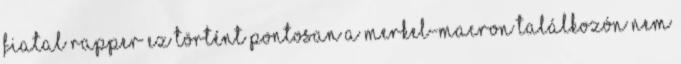
fiatal rapper Ez történt pontosan a Merkel-Macron találkozón Nem